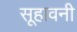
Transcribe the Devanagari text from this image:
सूहावनी